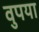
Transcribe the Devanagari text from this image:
वुपया